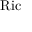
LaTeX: \operatorname { R i c }